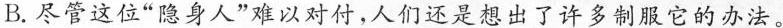
B.尽管这位”隐身人”难以对付，人们还是想出了许多制服它的办法。